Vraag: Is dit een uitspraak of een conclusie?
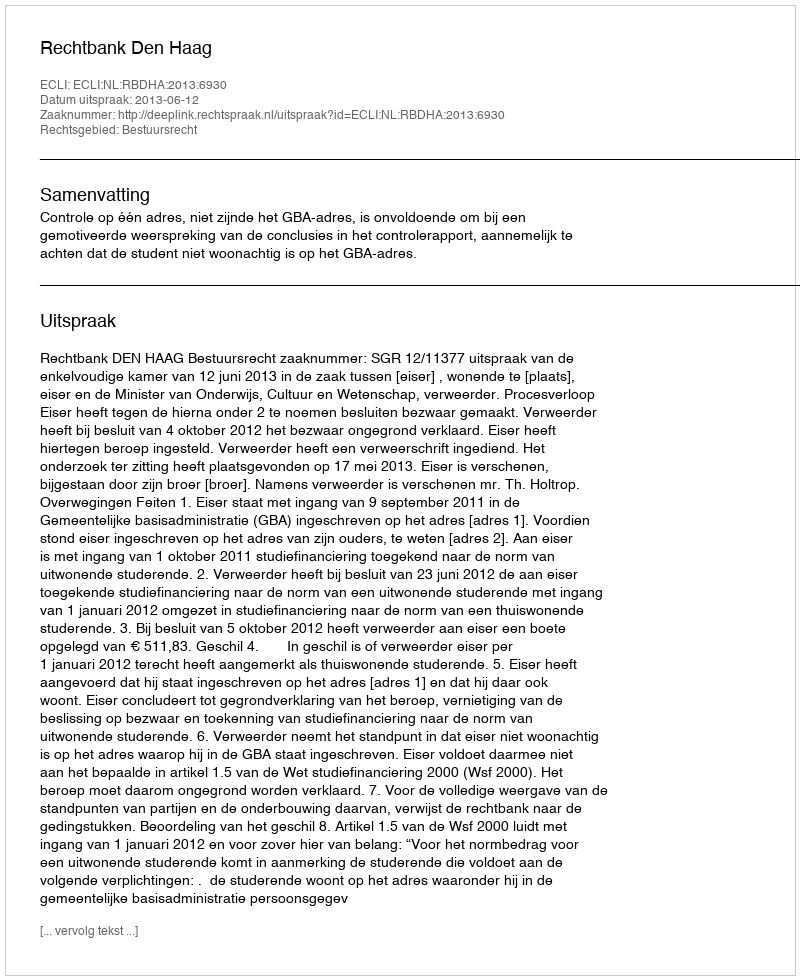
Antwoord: Uitspraak